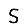
Digit: 5